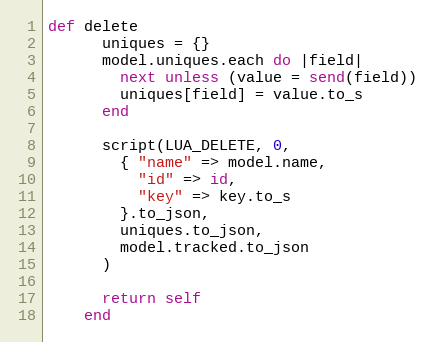
Language: Ruby
def delete
      uniques = {}
      model.uniques.each do |field|
        next unless (value = send(field))
        uniques[field] = value.to_s
      end

      script(LUA_DELETE, 0,
        { "name" => model.name,
          "id" => id,
          "key" => key.to_s
        }.to_json,
        uniques.to_json,
        model.tracked.to_json
      )

      return self
    end